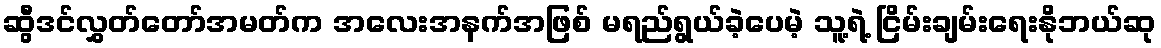
ဆွီဒင်လွှတ်တော်အမတ်က အလေးအနက်အဖြစ် မရည်ရွယ်ခဲ့ပေမဲ့ သူ့ရဲ့ ငြိမ်းချမ်းရေးနိုဘယ်ဆု